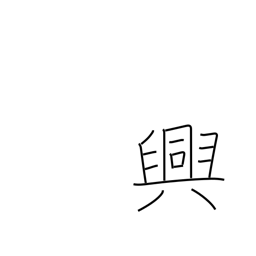
Meaning: pleasure